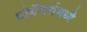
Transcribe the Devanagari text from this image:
प्रोग्रॅमर्समध्ये